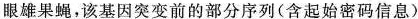
眼雄果蝇，该基因突变前的部分序列(含起始密码信息)